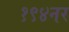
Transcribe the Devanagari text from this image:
१९४नर